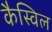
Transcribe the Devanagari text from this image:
कैस्विल